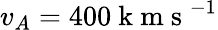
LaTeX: v_{A}=400\mathrm{~k~m~s~}^{-1}